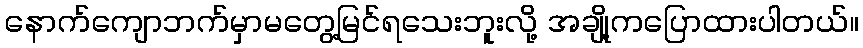
နောက်ကျောဘက်မှာမတွေ့မြင်ရသေးဘူးလို့ အချို့ကပြောထားပါတယ်။